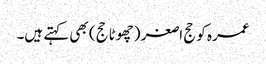
عمرہ کو حج اصغر (چھوٹا حج) بھی کہتے ہیں۔